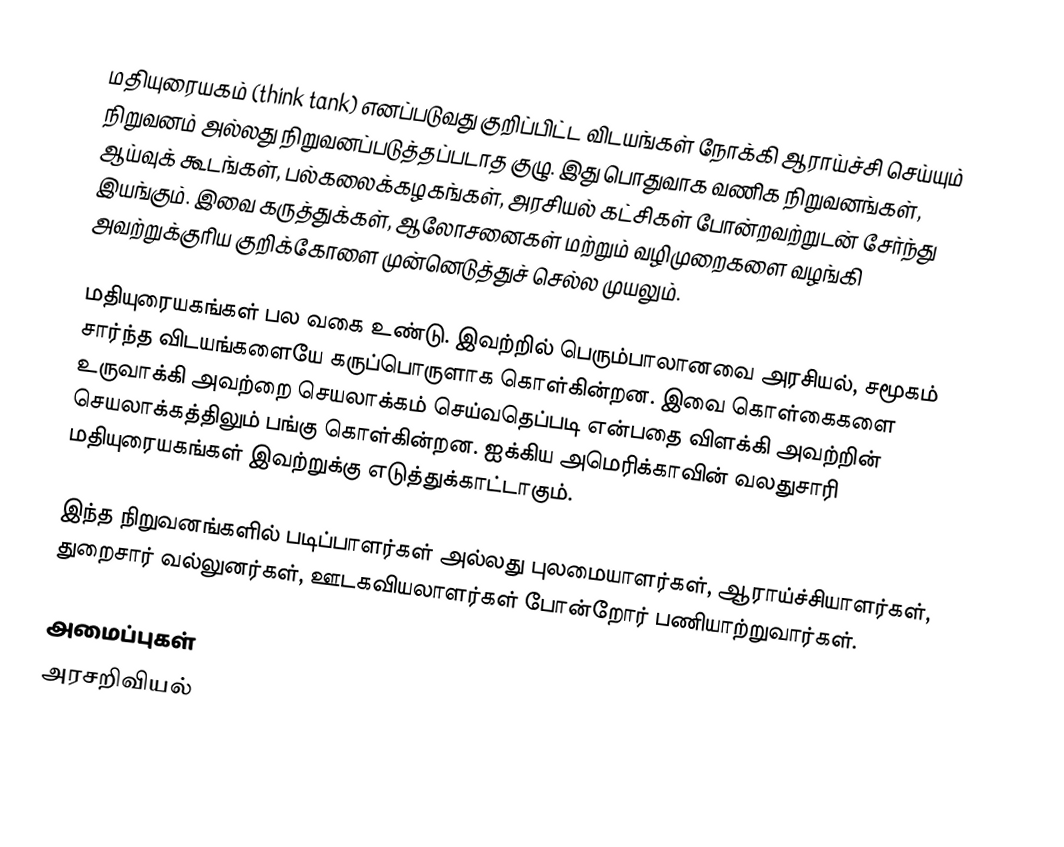
மதியுரையகம் (think tank) எனப்படுவது குறிப்பிட்ட விடயங்கள் நோக்கி ஆராய்ச்சி செய்யும் நிறுவனம் அல்லது நிறுவனப்படுத்தப்படாத குழு. இது பொதுவாக வணிக நிறுவனங்கள், ஆய்வுக் கூடங்கள், பல்கலைக்கழகங்கள், அரசியல் கட்சிகள் போன்றவற்றுடன் சேர்ந்து இயங்கும். இவை கருத்துக்கள், ஆலோசனைகள் மற்றும் வழிமுறைகளை வழங்கி அவற்றுக்குரிய குறிக்கோளை முன்னெடுத்துச் செல்ல முயலும்.

மதியுரையகங்கள் பல வகை உண்டு. இவற்றில் பெரும்பாலானவை அரசியல், சமூகம் சார்ந்த விடயங்களையே கருப்பொருளாக கொள்கின்றன. இவை கொள்கைகளை உருவாக்கி அவற்றை செயலாக்கம் செய்வதெப்படி என்பதை விளக்கி அவற்றின் செயலாக்கத்திலும் பங்கு கொள்கின்றன. ஐக்கிய அமெரிக்காவின் வலதுசாரி மதியுரையகங்கள் இவற்றுக்கு எடுத்துக்காட்டாகும்.

இந்த நிறுவனங்களில் படிப்பாளர்கள் அல்லது புலமையாளர்கள், ஆராய்ச்சியாளர்கள், துறைசார் வல்லுனர்கள், ஊடகவியலாளர்கள் போன்றோர் பணியாற்றுவார்கள்.

அமைப்புகள்
அரசறிவியல்